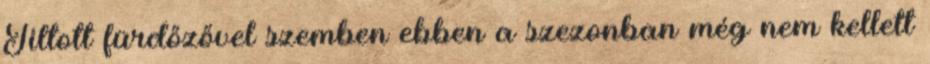
Tiltott fürdőzővel szemben ebben a szezonban még nem kellett